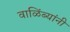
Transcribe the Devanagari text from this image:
वाळिंब्यांनी